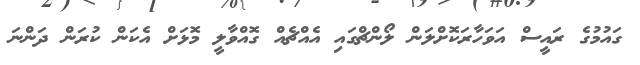
ގައުމުގެ ރައީސް އަވަހާރަކޮށްލަން ލޯންޗްގައި އެއްޗެއް ގޮއްވާލީ މޮޅަށް އެކަން ކުރަން ދަންނަ